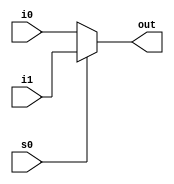
module mux2x1(i0,
              i1,
              s0,
              out);
    input i0,i1,s0;
    output out;
    
    always @(i0,i1,s0) begin
        if (s0) out = i1;
        else out    = i0;
    end
endmodule